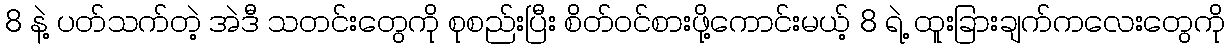
8 နဲ့ ပတ်သက်တဲ့ အဲဒီ သတင်းတွေကို စုစည်းပြီး စိတ်ဝင်စားဖို့ကောင်းမယ့် 8 ရဲ့ ထူးခြားချက်ကလေးတွေကို